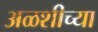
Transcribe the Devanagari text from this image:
अळशीच्या